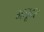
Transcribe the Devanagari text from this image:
मजूदर